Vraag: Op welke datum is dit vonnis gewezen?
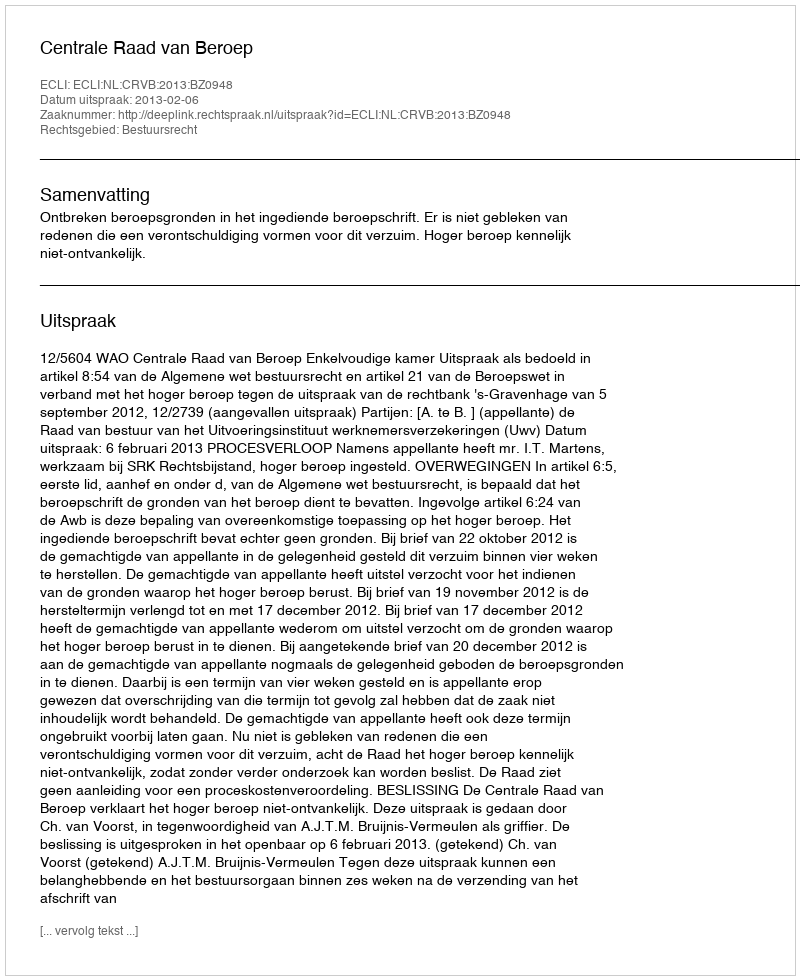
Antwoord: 2013-02-06